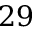
2 9